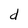
Character: d